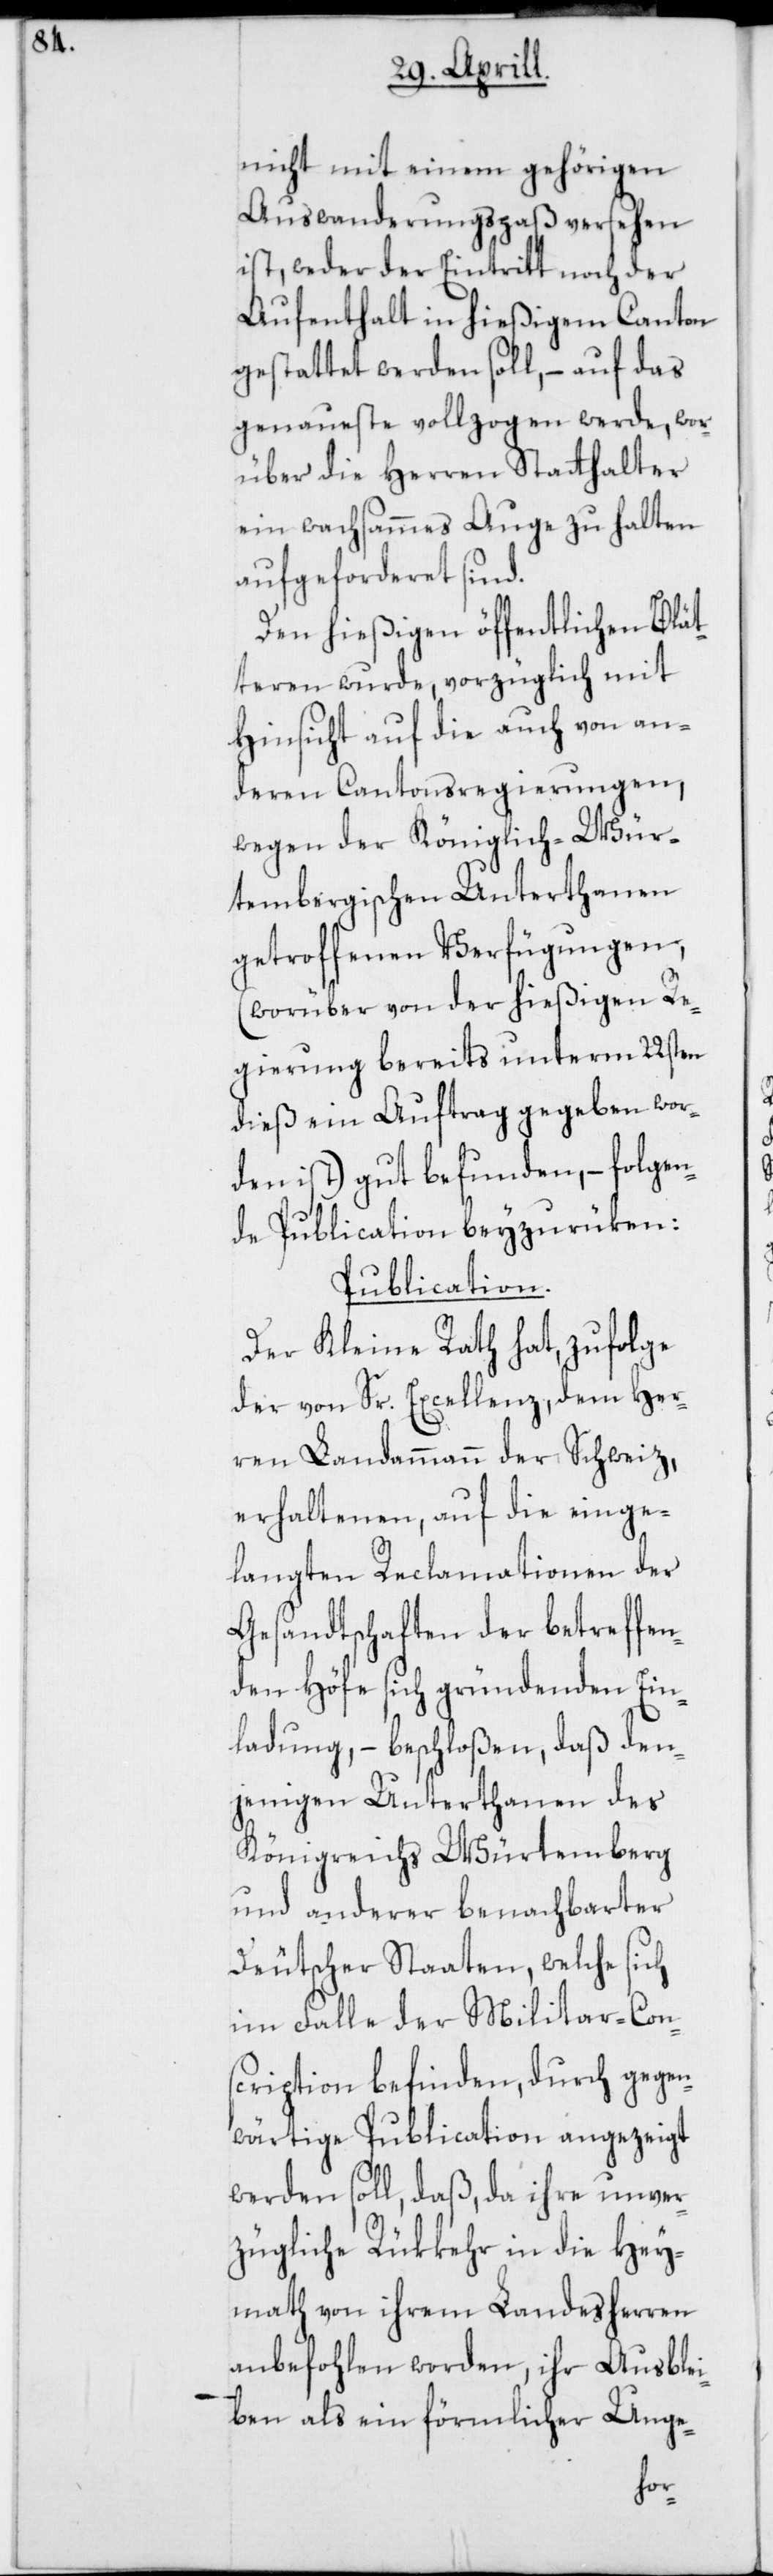
nicht mit einem gehörigen
Auswanderungspaß versehen
ist, weder der Eintritt noch der
Aufenthalt in hießigem Canton
gestattet werden soll, – auf das
genaueste vollzogen werde, wor¬
über die Herren Stathalter
ein wachsammes Auge zu halten
aufgeforderet sind.
Den hießigen öffentlichen Blät¬
teren wurde, vorzüglich mit
Hinsicht auf die auch von an¬
deren Cantonsregierungen,
wegen der Königlich-Wür¬
tembergischen Unterthanen
getroffenen Verfügungen,
(worüber von der hießigen Re¬
gierung bereits unterm 22sten
dieß ein Auftrag gegeben wor¬
den ist) gut befunden, – folgen¬
de Publication beyzurüken:
Publication.
Der Kleine Rath hat, zufolge
der von Sr. Excellenz, dem Her¬
ren Landammann der Schweiz,
erhaltenen, auf die einge¬
langten Reclamationen der
Gesandtschaften der betreffen¬
den Höfe sich gründenden Ein¬
ladung, – beschloßen, daß den¬
jenigen Unterthanen des
Königreichs Würtemberg
und anderer benachbarter
Deutscher Staaten, welche sich
im Falle der Militar-Con¬
scription befinden, durch gegen¬
wärtige Publication angezeigt
werden soll, daß da ihre unver¬
zügliche Rükkehr in die Hey¬
math von ihrem Landesherren
anbefohlen worden, ihr Ausblei¬
ben als ein förmlicher Unge-